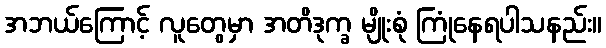
အဘယ်ကြောင့် လူတွေမှာ အတိဒုက္ခ မျိုးစုံ ကြုံနေရပါသနည်း။